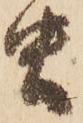
虫